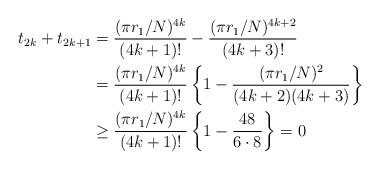
LaTeX: \begin{align*}t_{2k}+t_{2k+1}&=\frac{(\pi r_1/N)^{4k}}{(4k+1)!}-\frac{(\pi r_1/N)^{4k+2}}{(4k+3)!}\\&=\frac{(\pi r_1/N)^{4k}}{(4k+1)!}\left\{1-\frac{(\pi r_1/N)^{2}}{(4k+2)(4k+3)}\right\}\\&\ge\frac{(\pi r_1/N)^{4k}}{(4k+1)!}\left\{1-\frac{48}{6\cdot 8}\right\}=0\end{align*}